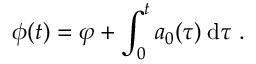
\phi ( t ) = \varphi + \int _ { 0 } ^ { t } a _ { 0 } ( \tau ) \: \mathrm { d } \tau \; .